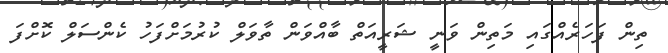
ތިން ފަހަރެއްގައި މަތިން ވަނީ ޝަރީއަތް ބާއްވަން ތާވަލް ކުރުމަށްފަހު ކެންސަލް ކޮށްފަ